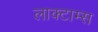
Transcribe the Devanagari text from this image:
लाक्टाम्स